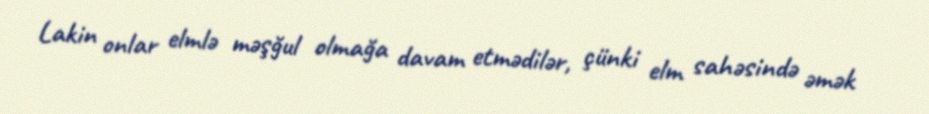
Lakin onlar elmlə məşğul olmağa davam etmədilər, çünki elm sahəsində əmək